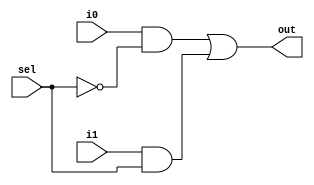
`timescale 1 ns / 1 ps
module mux_2to1_1b(
    output out,
    input i0,
    input i1,
    input sel);

    wire w0, w1;

    and(w0, i0, ~sel);
    and(w1, i1, sel);
    or(out, w0, w1);

    endmodule

module mux_2to1_4b(
    output [4-1:0] out,
    input [4-1:0] i0,
    input [4-1:0] i1,
    input sel);


    mux_2to1_1b M0(.out(out[0]), .i0(i0[0]), .i1(i1[0]), .sel(sel));
    mux_2to1_1b M1(.out(out[1]), .i0(i0[1]), .i1(i1[1]), .sel(sel));
    mux_2to1_1b M2(.out(out[2]), .i0(i0[2]), .i1(i1[2]), .sel(sel));
    mux_2to1_1b M3(.out(out[3]), .i0(i0[3]), .i1(i1[3]), .sel(sel));

    endmodule